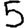
Digit: 5